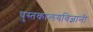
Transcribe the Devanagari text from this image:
पुस्तकालयविज्ञानी